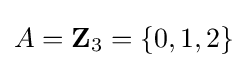
A=\mathbf {Z} _{3}=\{0,1,2\}